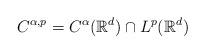
LaTeX: \begin{align*}C^{\alpha, p} = C^{\alpha} (\mathbb{R}^d) \cap L^p (\mathbb{R}^d)\end{align*}